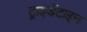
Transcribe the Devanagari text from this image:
ट्राइडेंटाइन